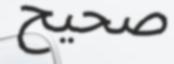
صحيح